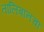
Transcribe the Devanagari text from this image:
तालिबानचा